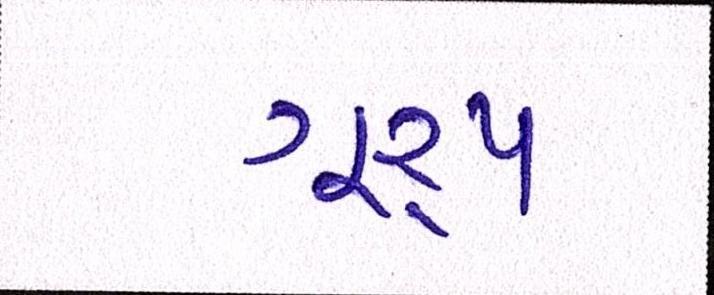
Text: ગૂ્રપ